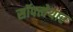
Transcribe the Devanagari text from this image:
सॉफ्त्वेयार